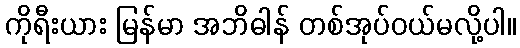
ကိုရီးယား မြန်မာ အဘိဓါန် တစ်အုပ်ဝယ်မလို့ပါ။